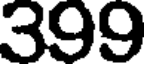
399